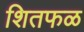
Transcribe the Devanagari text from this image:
शितफळ